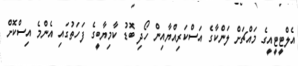
އެލްޓީޓީއީގެ މައްޗަށް ލަންކާގެ އަސްކަރިއްޔާއިން ހޯދި ބޮޑު ކާމިޔާބީގެ ފަހަތުގައި އެންމެ އިސްކޮށް